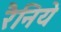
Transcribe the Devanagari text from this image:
रैनिये